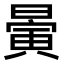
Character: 𣊇